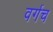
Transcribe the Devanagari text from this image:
वर्गच